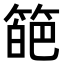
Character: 𥰗